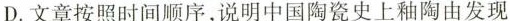
D.文章按照时间顺序,说明中国陶瓷史上釉陶由发现